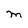
Character: M